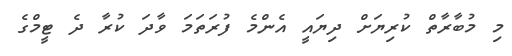
މި މުބާރާތް ކުރިޔަށް ދިޔައީ އެންމެ ފުރަތަމަ ވާދަ ކުރާ ދެ ޓީމްގެ